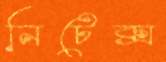
নিটেক্স